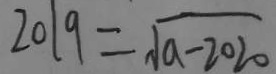
2 0 1 9 = \sqrt { a - 2 0 2 0 }